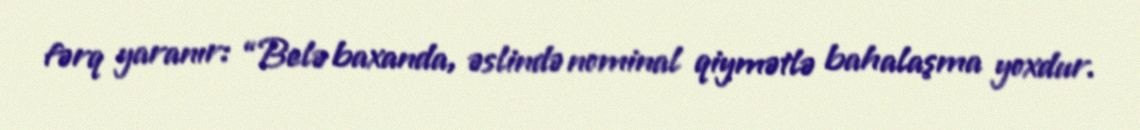
fərq yaranır: “Belə baxanda, əslində nominal qiymətlə bahalaşma yoxdur.